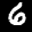
Label: 6